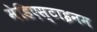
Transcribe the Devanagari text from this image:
मेडिएस्टाइनम